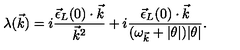
\lambda ( \vec { k } ) = i \frac { { \vec { \epsilon } } _ { L } ( 0 ) \cdot \vec { k } } { { \vec { k } } ^ { 2 } } + i \frac { { \vec { \epsilon } } _ { L } ( 0 ) \cdot \vec { k } } { ( \omega _ { \vec { k } } + | \theta | ) | \theta | } .